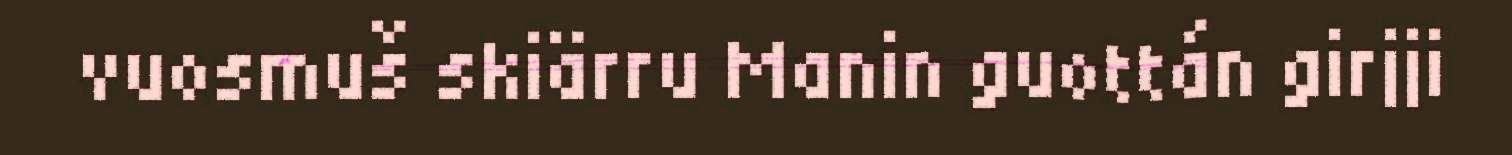
vuosmuš skiärru Manin guottán girjji